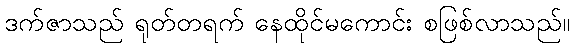
ဒက်ဇာသည် ရုတ်တရက် နေထိုင်မကောင်း စဖြစ်လာသည်။